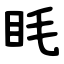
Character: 眊